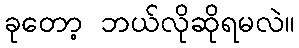
ခုတော့ ဘယ်လိုဆိုရမလဲ။